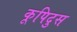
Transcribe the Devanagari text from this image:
कूपिदुस